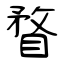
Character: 瞀